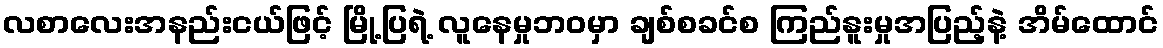
လစာလေးအနည်းငယ်ဖြင့် မြို့ပြရဲ့ လူနေမှုဘဝမှာ ချစ်စခင်စ ကြည်နူးမှုအပြည့်နဲ့ အိမ်ထောင်